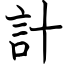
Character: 計